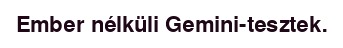
Ember nélküli Gemini-tesztek.